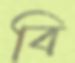
বি